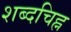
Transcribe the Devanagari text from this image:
शब्दचिह्न